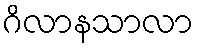
ဂိလာနသာလာ